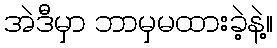
အဲဒီမှာ ဘာမှမထားခဲ့နဲ့။